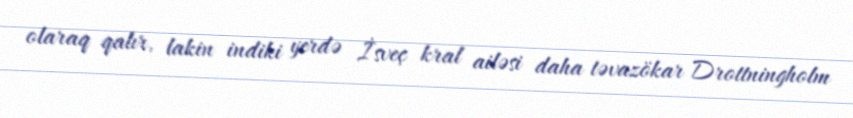
olaraq qalır, lakin indiki yerdə İsveç kral ailəsi daha təvazökar Drottningholm